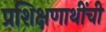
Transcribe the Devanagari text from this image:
प्रशिक्षणाथींची